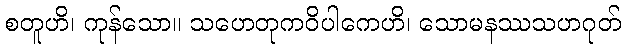
စတူဟိ၊ ကုန်သော။ သဟေတုကဝိပါကေဟိ၊ သောမနဿသဟဂုတ်